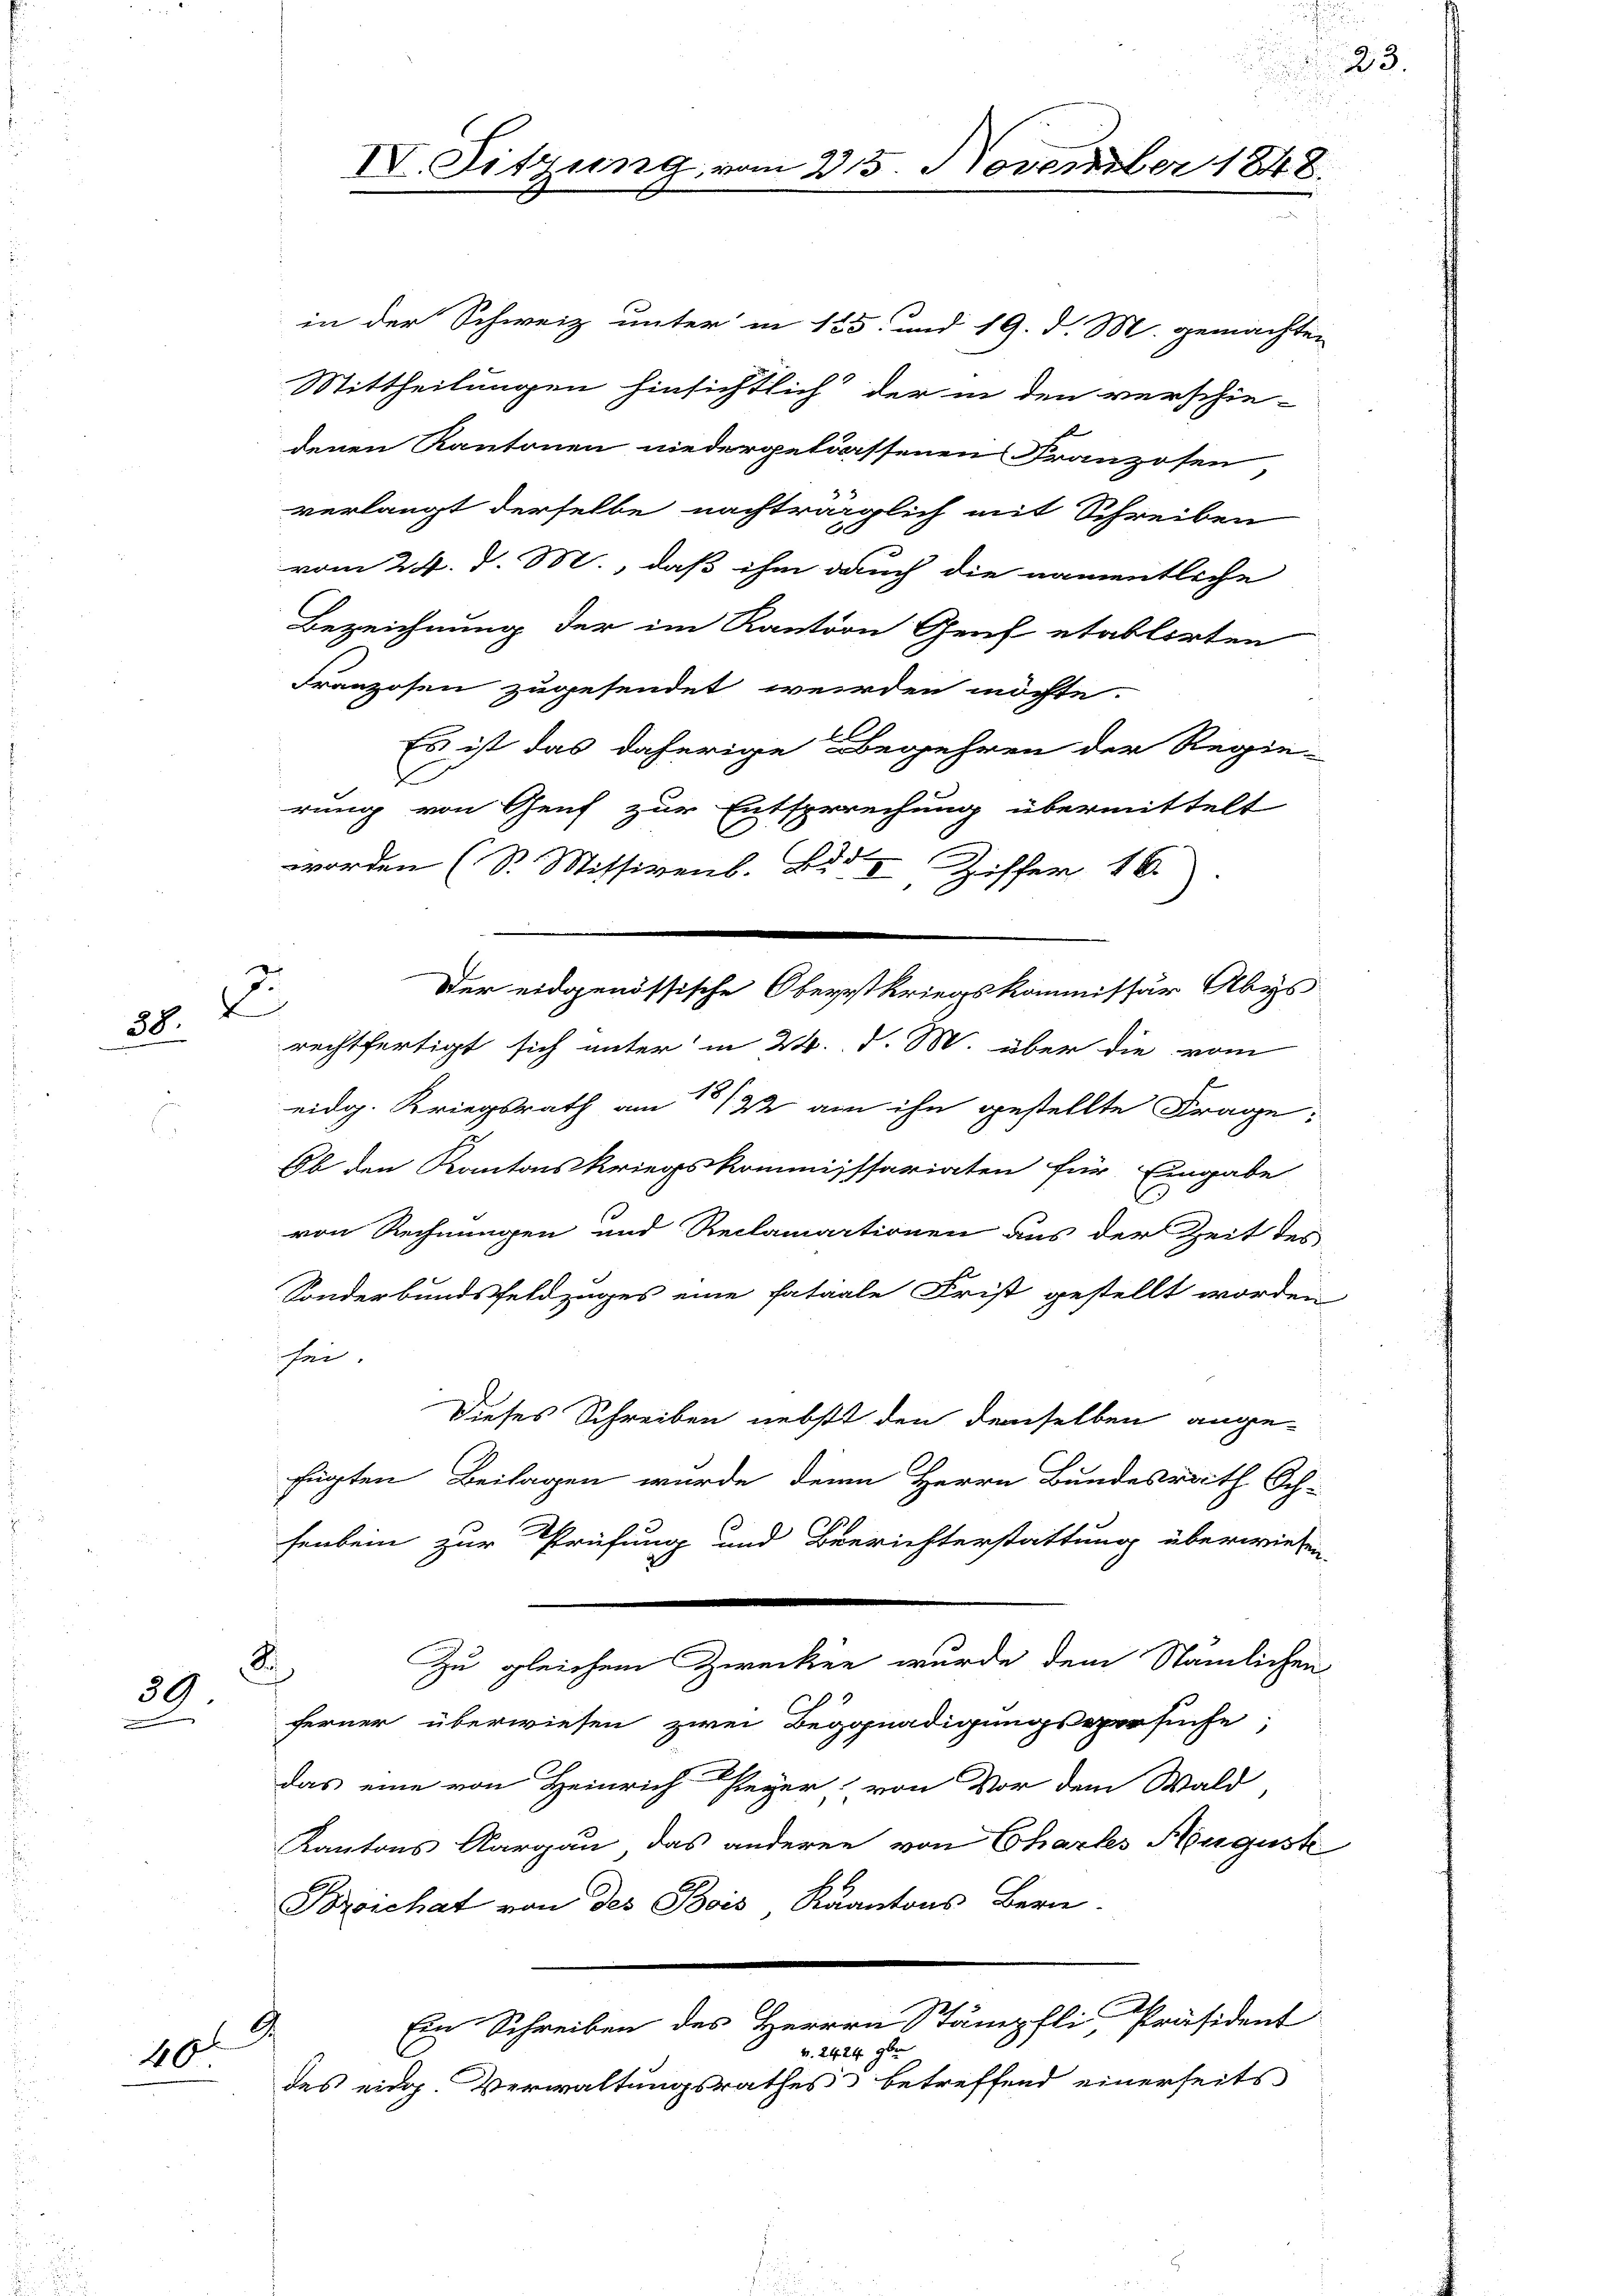
38.

39.
.

10.

in der Schweiz unter in 125 und 19. d. M. gemachten
Mittheilungen hinsichtlich der in den verschie-
denen Kantonen niedergelassenen Franzosen
verlangt derselbe nachträglich mit Schreiben
vom 24. d. M. daß ihm dauch die namentliche
Bezeichnung der im Kanton Genf etablirten
Franzosen zugesendet werden möchte.
Es ist das daherige Begehren der Regie-
d
rung von Genf zur Entsprechung übermittelt
worden (S. Missivent. Bd. I Ziffer 16.
rechtfertigt sich unter in 24. d. M. über die vom
eidg. Kriegsrath am 18/22 an ihn gestellte Frage:
Ob den Kantonskriegskommissariaten für Eingabe
von Rechnungen und Reclamactionen aus der Zeit des
Sonderbundsfeldzuges eine fataale Frist gestellt worden
sei.
Dieses Schreiben nebst den demselben ange-
fügten Beilagen wurde denn Herrn Bundesrath Sch-
senbein zur Prüfung und Berichterstattung überwiesen,
Zu gleichem Zwecken wurde dem Nämlichen
d
ferner überwiesen zwei Begnadigungsversuche,
das eine von Heinrich Peyer von Vor dem Wald,
Kantons Aargau das anderen von Chartes Auguste
Broschat von des Bois Kantons Bern.
 Ein Schreiben des Herren Stämpfli, Präsident
1
v. 2424 9br
des eidg. Verwaltungsrathes betreffend einerseits

3
d

IV. Sitzung vom 25. November 1848

Der eidgenössische Oberstkriegskommissär Abys

23.